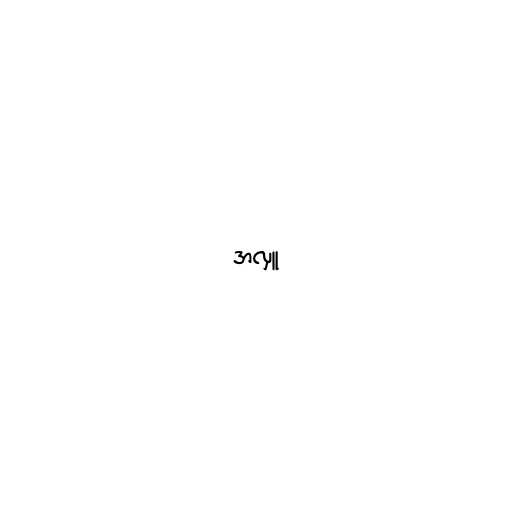
အလှူ